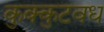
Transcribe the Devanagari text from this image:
कुक्कुटवध